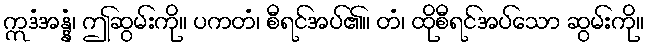
ဣဒံအန္နံ၊ ဤဆွမ်းကို။ ပကတံ၊ စီရင်အပ်၏။ တံ၊ ထိုစီရင်အပ်သော ဆွမ်းကို။